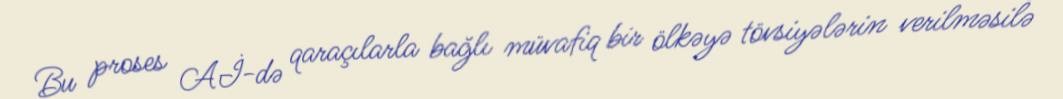
Bu proses Aİ-də qaraçılarla bağlı müvafiq bir ölkəyə tövsiyələrin verilməsilə